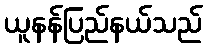
ယူနန်ပြည်နယ်သည်